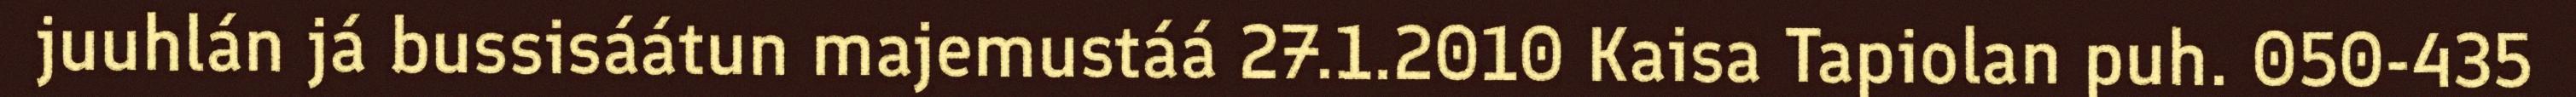
juuhlán já bussisáátun majemustáá 27.1.2010 Kaisa Tapiolan puh. 050-435